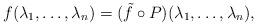
LaTeX: \begin{align*} f(\lambda_1,\ldots, \lambda_n) = (\tilde{f} \circ P) (\lambda_1, \ldots, \lambda_n),\end{align*}